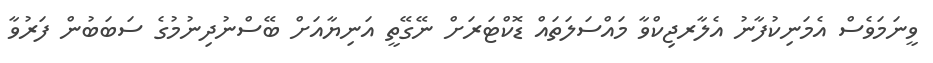
ވީނަމަވެސް އެމަނިކުފާނު އެލާރޖިކްވާ މައްސަލަތައް ޑޮކްޓަރަށް ނޭގޭތީ އަނިޔާއަށް ބޭސްނުދިނުމުގެ ސަބަބުން ފަރުވާ